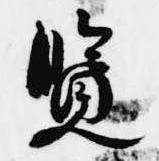
覧